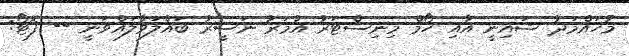
މުހައްމަދު ޝައިނީ އާއި ހޯމް މިނިސްޓަރު އުމަރު ނަސީރު ބައްލަވާލައްވަނީ -- ފޮޓޯ: